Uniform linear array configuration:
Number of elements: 8
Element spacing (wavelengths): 0.75
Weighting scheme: hamming
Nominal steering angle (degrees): -30
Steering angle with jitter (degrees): -30.425
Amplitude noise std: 0.05
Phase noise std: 0.05

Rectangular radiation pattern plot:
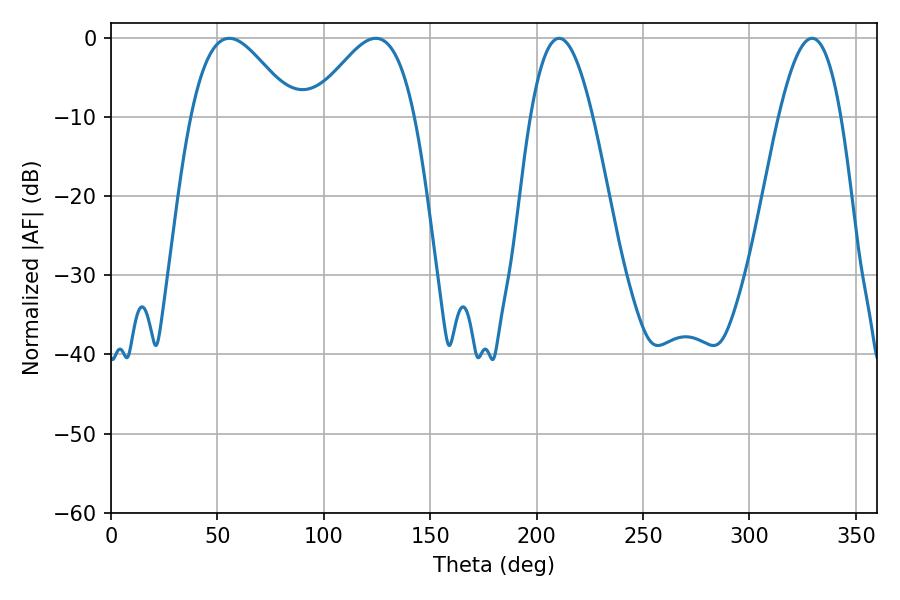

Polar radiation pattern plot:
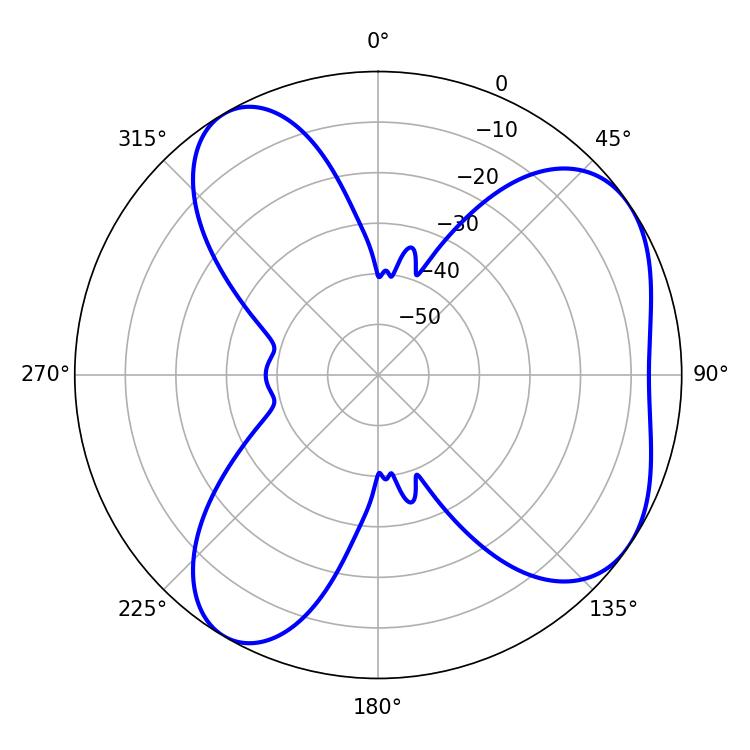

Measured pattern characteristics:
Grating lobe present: TRUE
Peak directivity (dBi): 5.569
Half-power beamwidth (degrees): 26.1
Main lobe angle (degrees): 55.62